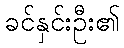
ခင်နှင်းဦး၏